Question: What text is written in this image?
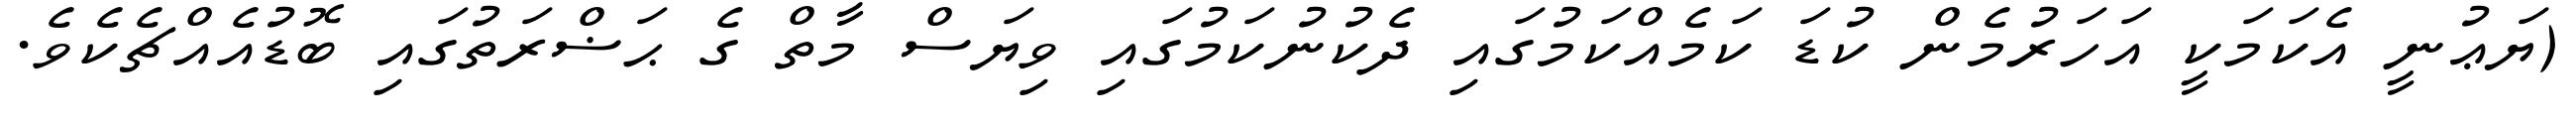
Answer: (ޔަޢުނީ އެކަމަކީ އަހަރުމެން ކުޑަ ކަމެއްކަމުގައި ދެކުނުކަމުގައި ވިޔަސް މާތް ގެ ޙަޟްރަތުގައި ބޮޑުއެއްޗެކެވެ.